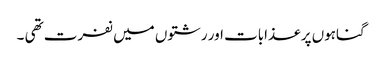
گناہوں پر عذابات اور رشتوں میں نفرت تھی ۔